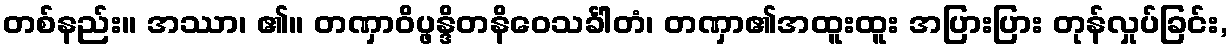
တစ်နည်း။ အဿာ၊ ၏။ တဏှာဝိပ္ဖန္ဒိတနိဝေသင်္ခါတံ၊ တဏှာ၏အထူးထူး အပြားပြား တုန်လှုပ်ခြင်း,